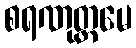
စရဏုတ္တမေ